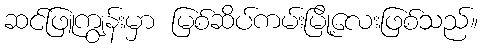
ဆင်ဖြူကျွန်းမှာ မြစ်ဆိပ်ကမ်းမြို့လေးဖြစ်သည်။